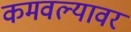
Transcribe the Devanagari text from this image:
कमवल्यावर